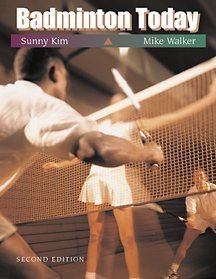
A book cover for By Sunny Kim Badminton Today (Wadsworth Health Fitness) (2nd Second Edition) [Paperback]; Sports & Outdoors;